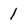
Character: 1